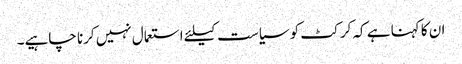
ان کا کہنا ہے کہ کرکٹ کو سیاست کیلئے استعمال نہیں کرنا چاہیے۔